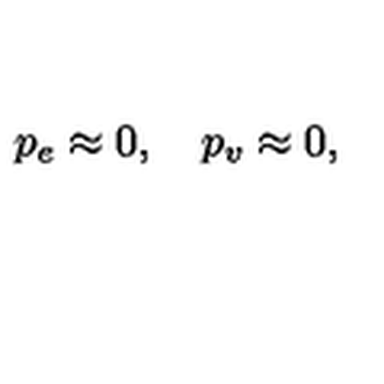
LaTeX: p _ { e } \approx 0 , \quad p _ { v } \approx 0 ,